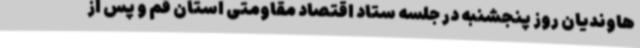
هاوندیان روز پنجشنبه در جلسه ستاد اقتصاد مقاومتی استان قم و پس از